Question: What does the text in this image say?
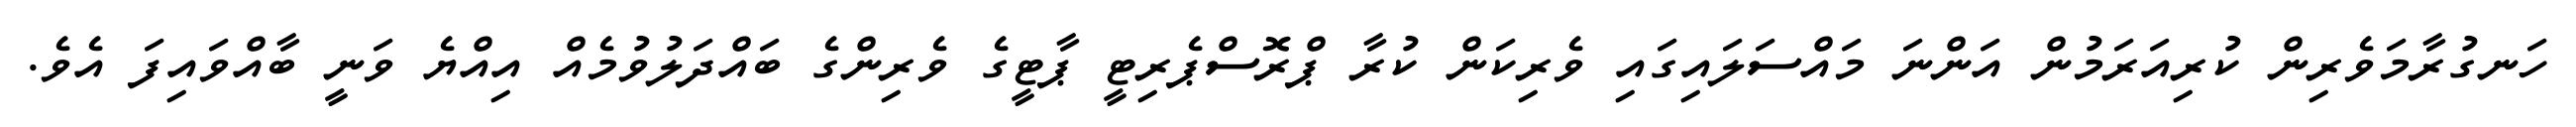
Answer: ހަނގުރާމަވެރިން ކުރިއަރަމުން އަންނަ މައްސަލައިގައި ވެރިކަން ކުރާ ޕްރޮސްޕެރިޓީ ޕާޓީގެ ވެރިންގެ ބައްދަލުވުމެއް އިއްޔެ ވަނީ ބާއްވައިފަ އެވެ.